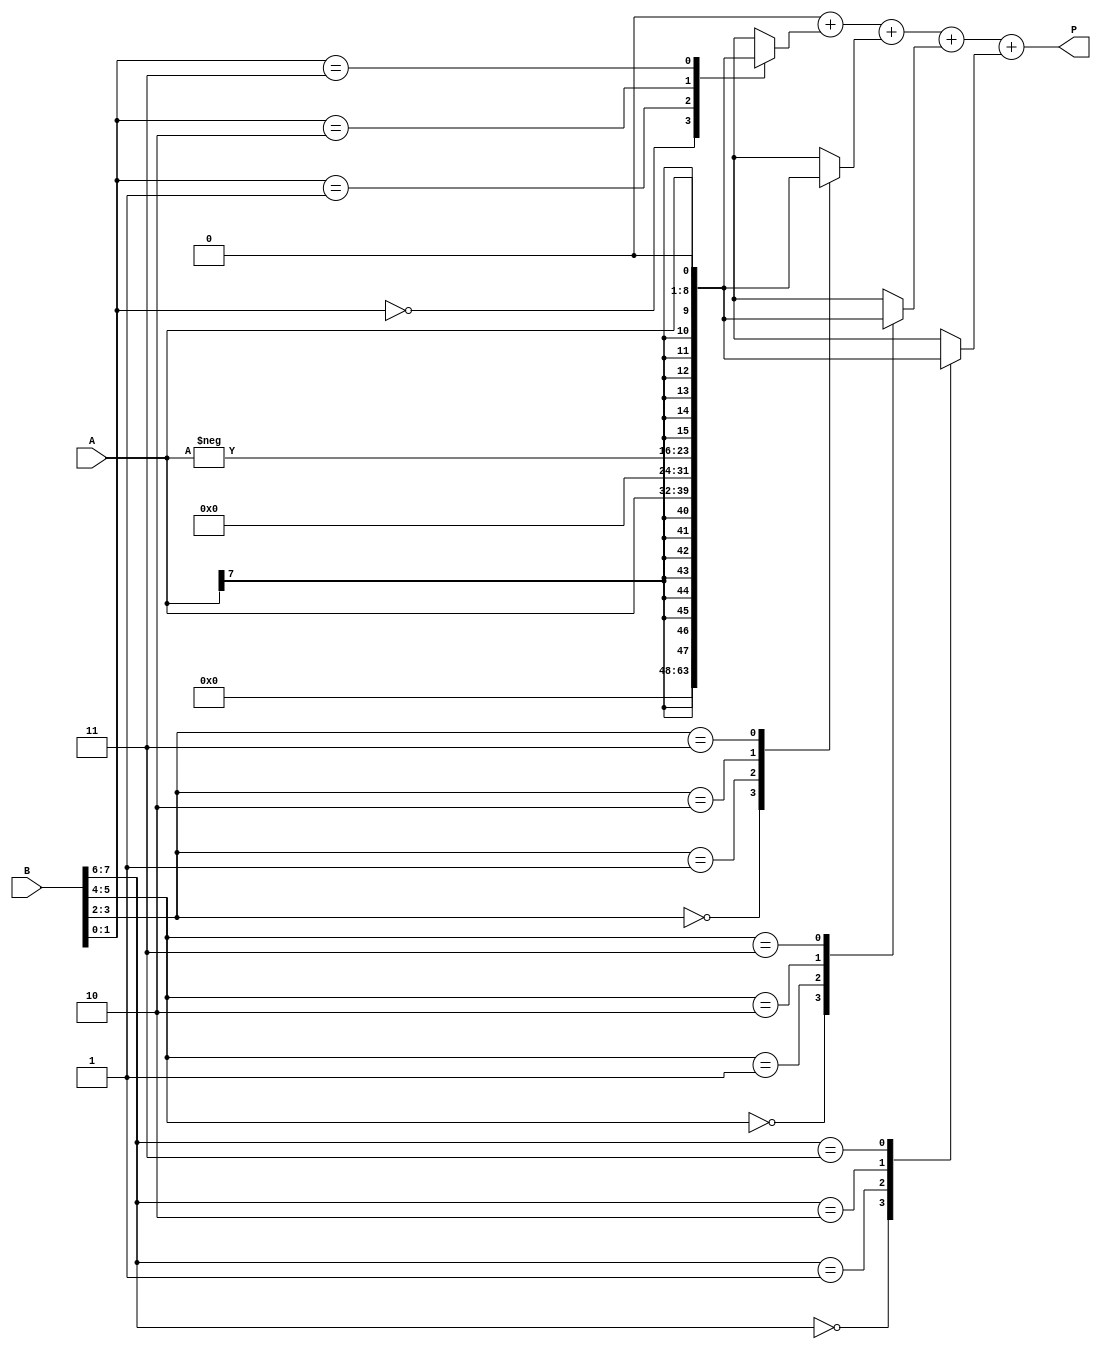
module radix4_multiplier #(parameter n = 8) (
    input signed [n-1:0] A,       // Multiplicand
    input signed [n-1:0] B,       // Multiplier
    output reg signed [2*n-1:0] P // Product
);

    reg [n-1:0] A_neg;             // Negative of A
    reg [2*n-1:0] partial_products [0:(n/2)]; // Array to hold partial products
    reg [n-1:0] B_reg;             // Register for B
    reg [1:0] booth_pair;          // Current Booth pair
    integer i;

    // Compute negative of A
    always @(*) begin
        A_neg = -A;
    end

    // Booth encoding and partial product generation
    always @(*) begin
        // Initialize partial products to zero
        for (i = 0; i < (n/2); i = i + 1) begin
            partial_products[i] = 0;
        end

        // Extend B to handle sign
        B_reg = {B[n-1], B}; // Sign extend B for easier processing

        // Process pairs of bits in B
        for (i = 0; i < n/2; i = i + 1) begin
            booth_pair = {B_reg[2*i+1], B_reg[2*i]}; // Get current pair of bits

            case (booth_pair)
                2'b00: partial_products[i] = 0;               // 00: No product
                2'b01: partial_products[i] = A;                // 01: A
                2'b10: partial_products[i] = A_neg;            // 10: -A
                2'b11: partial_products[i] = A << 1;           // 11: 2A
                default: partial_products[i] = 0;              // Default case
            endcase
        end

        // Initialize product to zero
        P = 0;

        // Sum the partial products
        for (i = 0; i < (n/2); i = i + 1) begin
            P = P + partial_products[i];
        end
    end

endmodule